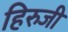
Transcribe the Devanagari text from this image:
हिरुजी